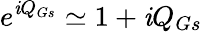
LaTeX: e^{\mathit{i}Q_{Gs}}\simeq1+\mathit{i}Q_{Gs}